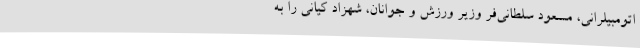
اتومبیلرانی، مسعود سلطانی‌فر وزیر ورزش و جوانان، شهزاد کیانی را به